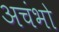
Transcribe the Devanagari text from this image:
अचंभो